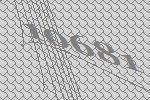
10681